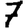
Digit: 7